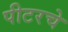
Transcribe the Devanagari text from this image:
पीटरचे